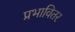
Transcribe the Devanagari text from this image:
प्रभावितर